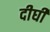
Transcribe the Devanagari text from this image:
दीघी